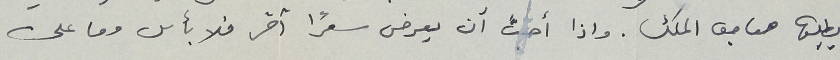
يطلبها صاحب الملك. واذا أحبَّ أن يعرض سعرًا آخر فلا بأس وما على